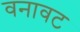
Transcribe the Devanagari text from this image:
वनावट